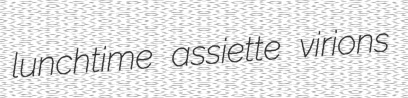
lunchtime assiette virions